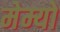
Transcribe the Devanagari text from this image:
मेम्यो